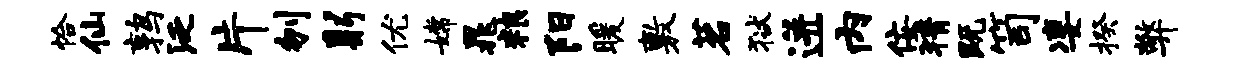
恰仙鹑泛片刎躬优嫦晁粮阳暖敷茗狱迸内佞猜既笥凄揆弊